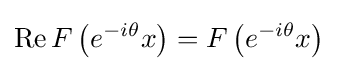
\operatorname {Re} F\left(e^{-i\theta }x\right)=F\left(e^{-i\theta }x\right)